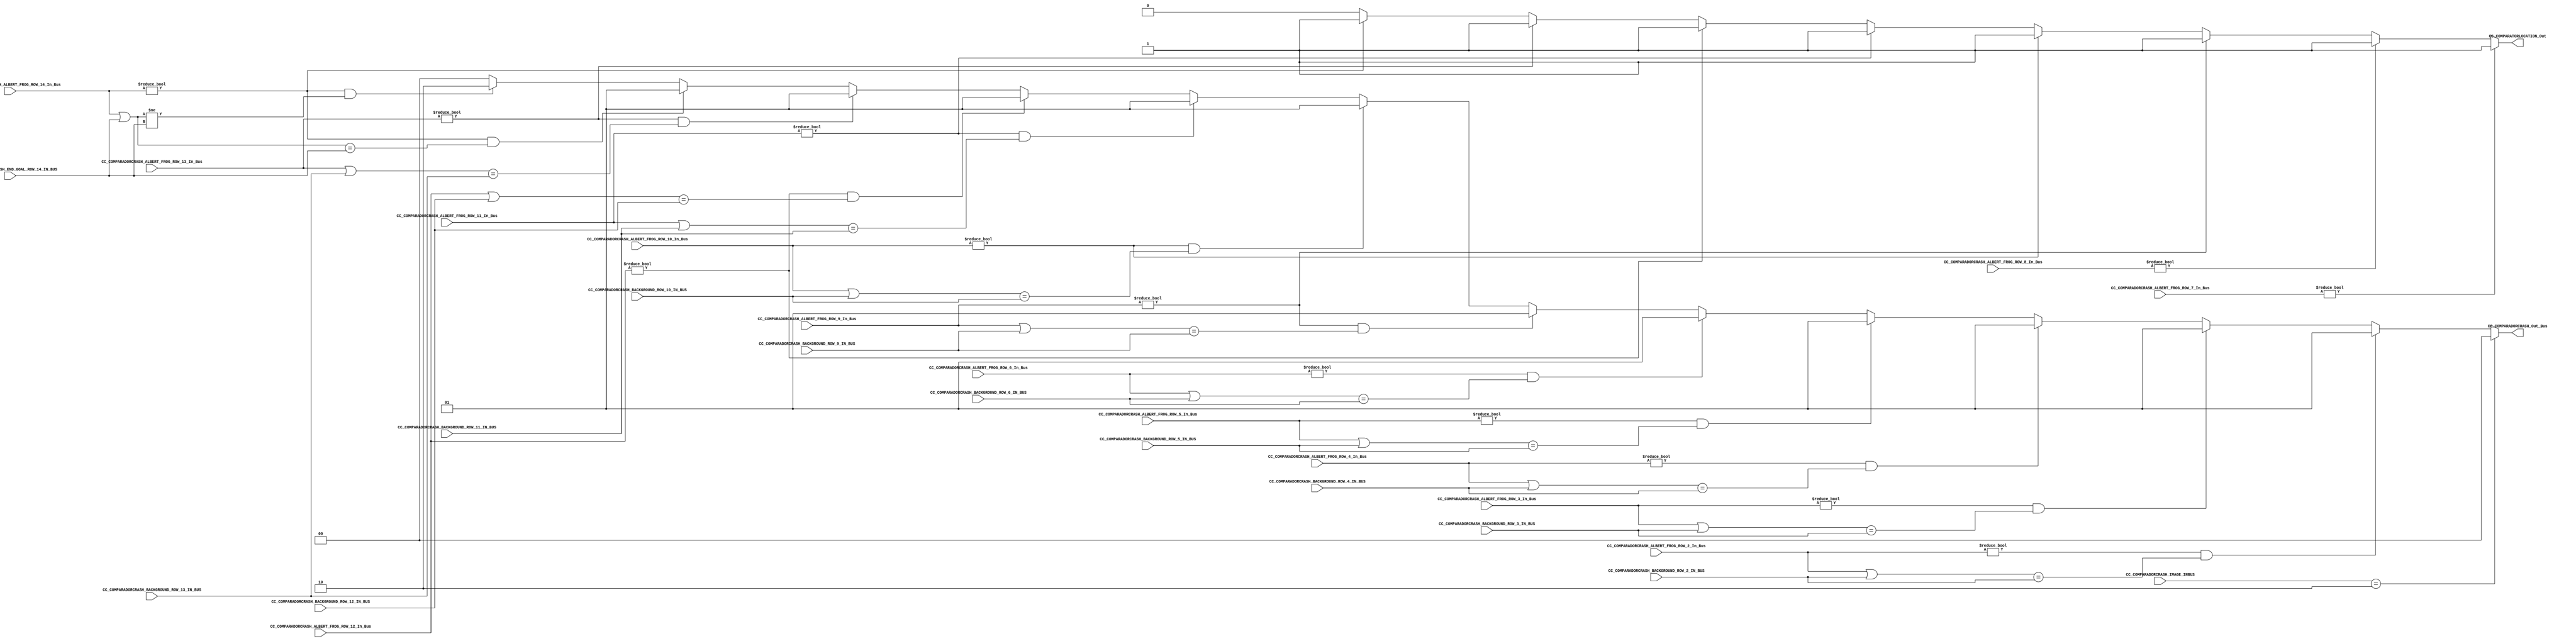
/*######################################################################
//#	G0B1T: HDL EXAMPLES. 2018.
//######################################################################
//# Copyright (C) 2018. F.E.Segura-Quijano (FES) fsegura@uniandes.edu.co
//# 
//# This program is free software: you can redistribute it and/or modify
//# it under the terms of the GNU General Public License as published by
//# the Free Software Foundation, version 3 of the License.
//#
//# This program is distributed in the hope that it will be useful,
//# but WITHOUT ANY WARRANTY; without even the implied warranty of
//# MERCHANTABILITY or FITNESS FOR A PARTICULAR PURPOSE.  See the
//# GNU General Public License for more details.
//#
//# You should have received a copy of the GNU General Public License
//# along with this program.  If not, see <http://www.gnu.org/licenses/>
//####################################################################*/
//=======================================================
//  MODULE Definition
//=======================================================
module CC_COMPARATORCRASH (
//////////// OUTPUTS //////////
	CC_COMPARADORCRASH_Out_Bus,
	CC_COMPARATORLOCATION_Out,
//////////// INPUTS //////////
	CC_COMPARADORCRASH_ALBERT_FROG_ROW_2_In_Bus,
	CC_COMPARADORCRASH_ALBERT_FROG_ROW_3_In_Bus,
	CC_COMPARADORCRASH_ALBERT_FROG_ROW_4_In_Bus,
	CC_COMPARADORCRASH_ALBERT_FROG_ROW_5_In_Bus,
	CC_COMPARADORCRASH_ALBERT_FROG_ROW_6_In_Bus,
	CC_COMPARADORCRASH_ALBERT_FROG_ROW_7_In_Bus,
	CC_COMPARADORCRASH_ALBERT_FROG_ROW_8_In_Bus,
	CC_COMPARADORCRASH_ALBERT_FROG_ROW_9_In_Bus,
	CC_COMPARADORCRASH_ALBERT_FROG_ROW_10_In_Bus,
	CC_COMPARADORCRASH_ALBERT_FROG_ROW_11_In_Bus,
	CC_COMPARADORCRASH_ALBERT_FROG_ROW_12_In_Bus,
	CC_COMPARADORCRASH_ALBERT_FROG_ROW_13_In_Bus,
	CC_COMPARADORCRASH_ALBERT_FROG_ROW_14_In_Bus,

	CC_COMPARADORCRASH_BACKGROUND_ROW_2_IN_BUS,
	CC_COMPARADORCRASH_BACKGROUND_ROW_3_IN_BUS,
	CC_COMPARADORCRASH_BACKGROUND_ROW_4_IN_BUS,
	CC_COMPARADORCRASH_BACKGROUND_ROW_5_IN_BUS,
	CC_COMPARADORCRASH_BACKGROUND_ROW_6_IN_BUS,
	CC_COMPARADORCRASH_BACKGROUND_ROW_9_IN_BUS,
	CC_COMPARADORCRASH_BACKGROUND_ROW_10_IN_BUS,
	CC_COMPARADORCRASH_BACKGROUND_ROW_11_IN_BUS,
	CC_COMPARADORCRASH_BACKGROUND_ROW_12_IN_BUS,
	CC_COMPARADORCRASH_BACKGROUND_ROW_13_IN_BUS,
	CC_COMPARADORCRASH_END_GOAL_ROW_14_IN_BUS,
	
	CC_COMPARADORCRASH_IMAGE_INBUS
);
//=======================================================
//  PARAMETER declarations
//=======================================================
parameter DATAWIDTH_BUS = 8;
parameter DATAWIDTH_OUT_BUS = 2;
//=======================================================
//  PORT declarations
//=======================================================
output	reg [DATAWIDTH_OUT_BUS-1:0] CC_COMPARADORCRASH_Out_Bus;
output	reg CC_COMPARATORLOCATION_Out;
input 	[DATAWIDTH_BUS-1:0] CC_COMPARADORCRASH_ALBERT_FROG_ROW_2_In_Bus;
input 	[DATAWIDTH_BUS-1:0] CC_COMPARADORCRASH_ALBERT_FROG_ROW_3_In_Bus;
input 	[DATAWIDTH_BUS-1:0] CC_COMPARADORCRASH_ALBERT_FROG_ROW_4_In_Bus;
input 	[DATAWIDTH_BUS-1:0] CC_COMPARADORCRASH_ALBERT_FROG_ROW_5_In_Bus;
input 	[DATAWIDTH_BUS-1:0] CC_COMPARADORCRASH_ALBERT_FROG_ROW_6_In_Bus;
input 	[DATAWIDTH_BUS-1:0] CC_COMPARADORCRASH_ALBERT_FROG_ROW_7_In_Bus;
input 	[DATAWIDTH_BUS-1:0] CC_COMPARADORCRASH_ALBERT_FROG_ROW_8_In_Bus;
input 	[DATAWIDTH_BUS-1:0] CC_COMPARADORCRASH_ALBERT_FROG_ROW_9_In_Bus;
input 	[DATAWIDTH_BUS-1:0] CC_COMPARADORCRASH_ALBERT_FROG_ROW_10_In_Bus;
input 	[DATAWIDTH_BUS-1:0] CC_COMPARADORCRASH_ALBERT_FROG_ROW_11_In_Bus;
input 	[DATAWIDTH_BUS-1:0] CC_COMPARADORCRASH_ALBERT_FROG_ROW_12_In_Bus;
input 	[DATAWIDTH_BUS-1:0] CC_COMPARADORCRASH_ALBERT_FROG_ROW_13_In_Bus;
input 	[DATAWIDTH_BUS-1:0] CC_COMPARADORCRASH_ALBERT_FROG_ROW_14_In_Bus;
input 	[DATAWIDTH_BUS-1:0] CC_COMPARADORCRASH_BACKGROUND_ROW_2_IN_BUS;
input 	[DATAWIDTH_BUS-1:0] CC_COMPARADORCRASH_BACKGROUND_ROW_3_IN_BUS;
input 	[DATAWIDTH_BUS-1:0] CC_COMPARADORCRASH_BACKGROUND_ROW_4_IN_BUS;
input 	[DATAWIDTH_BUS-1:0] CC_COMPARADORCRASH_BACKGROUND_ROW_5_IN_BUS;
input 	[DATAWIDTH_BUS-1:0] CC_COMPARADORCRASH_BACKGROUND_ROW_6_IN_BUS;
input 	[DATAWIDTH_BUS-1:0] CC_COMPARADORCRASH_BACKGROUND_ROW_9_IN_BUS;
input 	[DATAWIDTH_BUS-1:0] CC_COMPARADORCRASH_BACKGROUND_ROW_10_IN_BUS;
input 	[DATAWIDTH_BUS-1:0] CC_COMPARADORCRASH_BACKGROUND_ROW_11_IN_BUS;
input 	[DATAWIDTH_BUS-1:0] CC_COMPARADORCRASH_BACKGROUND_ROW_12_IN_BUS;
input 	[DATAWIDTH_BUS-1:0] CC_COMPARADORCRASH_BACKGROUND_ROW_13_IN_BUS;
input 	[DATAWIDTH_BUS-1:0] CC_COMPARADORCRASH_END_GOAL_ROW_14_IN_BUS;
input    [1:0] CC_COMPARADORCRASH_IMAGE_INBUS;

//=======================================================
//  REG/WIRE declarations
//=======================================================
//=======================================================
//  Structural coding
//=======================================================
always @(*)
begin
	if (CC_COMPARADORCRASH_IMAGE_INBUS == 2'b10)
		CC_COMPARADORCRASH_Out_Bus = 2'b00;
	else if ((CC_COMPARADORCRASH_ALBERT_FROG_ROW_2_In_Bus != 8'b00000000) && ((CC_COMPARADORCRASH_ALBERT_FROG_ROW_2_In_Bus | CC_COMPARADORCRASH_BACKGROUND_ROW_2_IN_BUS) == CC_COMPARADORCRASH_BACKGROUND_ROW_2_IN_BUS))
		CC_COMPARADORCRASH_Out_Bus = 2'b01;
	else if ((CC_COMPARADORCRASH_ALBERT_FROG_ROW_3_In_Bus != 8'b00000000) && ((CC_COMPARADORCRASH_ALBERT_FROG_ROW_3_In_Bus | CC_COMPARADORCRASH_BACKGROUND_ROW_3_IN_BUS) == CC_COMPARADORCRASH_BACKGROUND_ROW_3_IN_BUS))
		CC_COMPARADORCRASH_Out_Bus = 2'b01;
	else if ((CC_COMPARADORCRASH_ALBERT_FROG_ROW_4_In_Bus != 8'b00000000) && ((CC_COMPARADORCRASH_ALBERT_FROG_ROW_4_In_Bus | CC_COMPARADORCRASH_BACKGROUND_ROW_4_IN_BUS) == CC_COMPARADORCRASH_BACKGROUND_ROW_4_IN_BUS))
		CC_COMPARADORCRASH_Out_Bus = 2'b01;
	else if ((CC_COMPARADORCRASH_ALBERT_FROG_ROW_5_In_Bus != 8'b00000000) && ((CC_COMPARADORCRASH_ALBERT_FROG_ROW_5_In_Bus | CC_COMPARADORCRASH_BACKGROUND_ROW_5_IN_BUS) == CC_COMPARADORCRASH_BACKGROUND_ROW_5_IN_BUS))
		CC_COMPARADORCRASH_Out_Bus = 2'b01;
	else if ((CC_COMPARADORCRASH_ALBERT_FROG_ROW_6_In_Bus != 8'b00000000) && ((CC_COMPARADORCRASH_ALBERT_FROG_ROW_6_In_Bus | CC_COMPARADORCRASH_BACKGROUND_ROW_6_IN_BUS) == CC_COMPARADORCRASH_BACKGROUND_ROW_6_IN_BUS))
		CC_COMPARADORCRASH_Out_Bus = 2'b01;
	else if ((CC_COMPARADORCRASH_ALBERT_FROG_ROW_9_In_Bus != 8'b00000000) && ((CC_COMPARADORCRASH_ALBERT_FROG_ROW_9_In_Bus | CC_COMPARADORCRASH_BACKGROUND_ROW_9_IN_BUS) == CC_COMPARADORCRASH_BACKGROUND_ROW_9_IN_BUS))
		CC_COMPARADORCRASH_Out_Bus = 2'b01;
	else if ((CC_COMPARADORCRASH_ALBERT_FROG_ROW_10_In_Bus != 8'b00000000) && ((CC_COMPARADORCRASH_ALBERT_FROG_ROW_10_In_Bus | CC_COMPARADORCRASH_BACKGROUND_ROW_10_IN_BUS) == CC_COMPARADORCRASH_BACKGROUND_ROW_10_IN_BUS))
		CC_COMPARADORCRASH_Out_Bus = 2'b01;
	else if ((CC_COMPARADORCRASH_ALBERT_FROG_ROW_11_In_Bus != 8'b00000000) && ((CC_COMPARADORCRASH_ALBERT_FROG_ROW_11_In_Bus | CC_COMPARADORCRASH_BACKGROUND_ROW_11_IN_BUS) == CC_COMPARADORCRASH_BACKGROUND_ROW_11_IN_BUS))
		CC_COMPARADORCRASH_Out_Bus = 2'b01;	
	else if ((CC_COMPARADORCRASH_ALBERT_FROG_ROW_12_In_Bus != 8'b00000000) && ((CC_COMPARADORCRASH_ALBERT_FROG_ROW_12_In_Bus | CC_COMPARADORCRASH_BACKGROUND_ROW_12_IN_BUS) == CC_COMPARADORCRASH_BACKGROUND_ROW_12_IN_BUS))
		CC_COMPARADORCRASH_Out_Bus = 2'b01;
	else if ((CC_COMPARADORCRASH_ALBERT_FROG_ROW_13_In_Bus != 8'b00000000) && ((CC_COMPARADORCRASH_ALBERT_FROG_ROW_13_In_Bus | CC_COMPARADORCRASH_BACKGROUND_ROW_13_IN_BUS) == CC_COMPARADORCRASH_BACKGROUND_ROW_13_IN_BUS))
		CC_COMPARADORCRASH_Out_Bus = 2'b01;
	else if ((CC_COMPARADORCRASH_ALBERT_FROG_ROW_14_In_Bus != 8'b00000000) && ((CC_COMPARADORCRASH_ALBERT_FROG_ROW_14_In_Bus | CC_COMPARADORCRASH_END_GOAL_ROW_14_IN_BUS) == CC_COMPARADORCRASH_END_GOAL_ROW_14_IN_BUS))
		CC_COMPARADORCRASH_Out_Bus = 2'b01;
	else if ((CC_COMPARADORCRASH_ALBERT_FROG_ROW_14_In_Bus != 8'b00000000) && ((CC_COMPARADORCRASH_ALBERT_FROG_ROW_14_In_Bus | CC_COMPARADORCRASH_END_GOAL_ROW_14_IN_BUS) != CC_COMPARADORCRASH_END_GOAL_ROW_14_IN_BUS))
		CC_COMPARADORCRASH_Out_Bus = 2'b10;
	else 
		CC_COMPARADORCRASH_Out_Bus = 2'b00;
		
	if (CC_COMPARADORCRASH_ALBERT_FROG_ROW_7_In_Bus != 8'b00000000)
		CC_COMPARATORLOCATION_Out = 1'b1;
	else if (CC_COMPARADORCRASH_ALBERT_FROG_ROW_8_In_Bus != 8'b00000000)
		CC_COMPARATORLOCATION_Out = 1'b1;
	else if (CC_COMPARADORCRASH_ALBERT_FROG_ROW_9_In_Bus != 8'b00000000)
		CC_COMPARATORLOCATION_Out = 1'b1;
	else if (CC_COMPARADORCRASH_ALBERT_FROG_ROW_10_In_Bus != 8'b00000000)
		CC_COMPARATORLOCATION_Out = 1'b1;
	else if (CC_COMPARADORCRASH_ALBERT_FROG_ROW_11_In_Bus != 8'b00000000)
		CC_COMPARATORLOCATION_Out = 1'b1;
	else if (CC_COMPARADORCRASH_ALBERT_FROG_ROW_12_In_Bus != 8'b00000000)
		CC_COMPARATORLOCATION_Out = 1'b1;
	else if (CC_COMPARADORCRASH_ALBERT_FROG_ROW_13_In_Bus != 8'b00000000)
		CC_COMPARATORLOCATION_Out = 1'b1;
	else if (CC_COMPARADORCRASH_ALBERT_FROG_ROW_14_In_Bus != 8'b00000000)
		CC_COMPARATORLOCATION_Out = 1'b1;
	else
		CC_COMPARATORLOCATION_Out = 1'b0;

end

endmodule